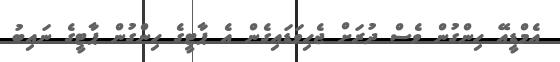
އެމްޑީއޭ ހިންގުން ވެސް ދުރަށް ޖެހިވަޑައިގެން އެ ޕާޓީގެ ހިންގުން ޕާޓީގެ ނައިބު